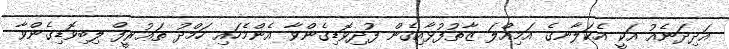
އަދިދަނެއު އަކީ އެކަލާނގެ އަމިއްލަ ޒާތުފުޅާއިގެން ފުދިވޮޑިގެންވާ އެންމެހައި ހަމްދު ތަޢުރީފް ލިބިވޮޑިގެންވާ